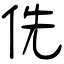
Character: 侁